Indian journal of veterinary science and animal husbandry - Volumes 15-17, 1948-1951
Year: 1948
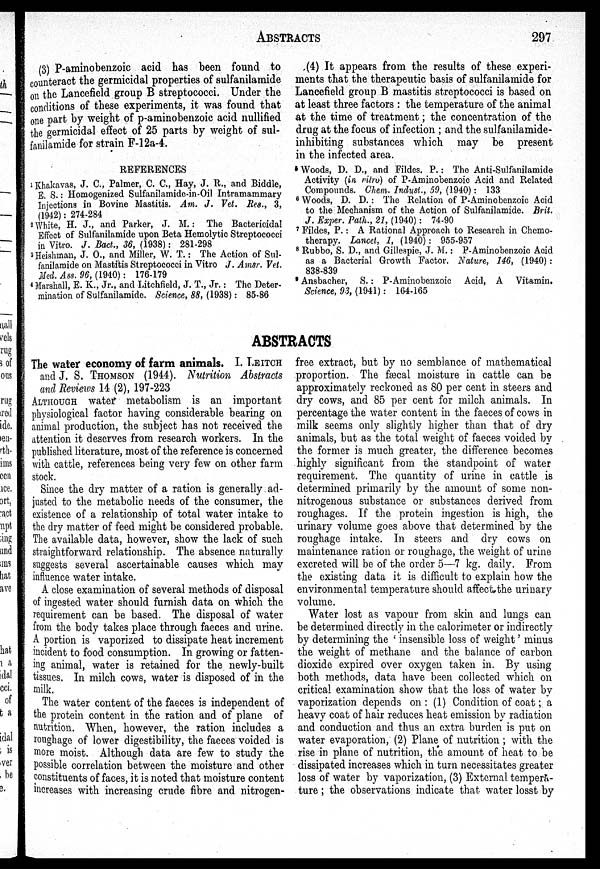
ABSTRACTS
297
(3) P-aminobenzoic acid has been found to
counteract the germicidal properties of sulfanilamide
on the Lancefield group B streptococci. Under the
conditions of these experiments, it was found that
one part by weight of p-aminobenzoic acid nullified
the germicidal effect of 25 parts by weight of sul-
fanilamide for strain F-12a-4.
(4) It appears from the results of these experi-
ments that the therapeutic basis of sulfanilamide for
Lancefield group B mastitis streptococci is based on
at least three factors : the temperature of the animal
at the time of treatment; the concentration of the
drug at the focus of infection ; and the sulfanilamide-
inhibiting substances which may be present
in the infected area.
REFERENCES
1 Khakavas, J. C., Palmer, C. C., Hay, J. R., and Biddle,
E. S.: Homogenized Sulfanilamide-in-Oil Intramammary
Injections in Bovine Mastitis. Am. J. Vet. Res., 3,
(1942): 274-284
2 White, H. J., and Parker, J. M.: The Bactericidal
Effect of Sulfanilamide upon Beta Hemolytic Streptococci
in Vitro. J. Bad., 36, (1938): 281-298
3 Heishman, J. O., and Miller, W. T.: The Action of Sul-
fanilamide on Mastitis Streptococci in Vitro J. Amsr. Vet.
Med. Ass. 96, (1940): 176-179
4 Marshall, E. K., Jr., and Litchfield, J. T., Jr.: The Deter-
mination of Sulfanilamide. Science, 88, (1938): 85-86
5 Woods, D. D., and Fildes. P.: The Anti-Sulfanilamide
Activity (in ritro) of P-Aminobenzoic Acid and Related
Compounds. Chen. Indust., 59, (1940): 133
6 Woods, D. D.: The Relation of P-Aminobenzoic Acid
to the Mechanism of the Action of Sulfanilamide. Brit.
J. Exper. Path., 21, (1940): 74-90
7 Fildes, P.: A Rational Approach to Research in Chemo-
therapy. Lancet, 1, (1940) : 955-957
8 Rubbo, S. D., and Gillespie, J. M. : P-Aminobenzoic Acid
as a Bacterial Growth Factor. Nature, 146, (1940) :
838-839
9 Ansbacher, S. : P-Aminobenzoic Acid, A Vitamin,
Science, 93, (1941): 164-165
ABSTRACTS
The water economy of farm animals. I. LEITCH
and J. S. THOMSON (1944). Nutrition Abstracts
and Reviews 14 (2), 197-223
ALTHOUGH water metabolism is an important
physiological factor having considerable bearing on
animal production, the subject has not received the
attention it deserves from research workers. In the
published literature, most of the reference is concerned
with cattle, references being very few on other farm
stock.
Since the dry matter of a ration is generally ad-
justed to the metabolic needs of the consumer, the
existence of a relationship of total water intake to
the dry matter of feed might be considered probable.
The available data, however, show the lack of such
straightforward relationship. The absence naturally
suggests several ascertainable causes which may
influence water intake.
A close examination of several methods of disposal
of ingested water should furnish data on which the
requirement can be based. The disposal of water
from the body takes place through faeces and urine.
A portion is vaporized to dissipate heat increment
incident to food consumption. In growing or fatten-
ing animal, water is retained for the newly-built
tissues. In milch cows, water is disposed of in the
milk.
The water content of the faeces is independent of
the protein content in the ration and of plane of
nutrition. When, however, the ration includes a
roughage of lower digestibility, the faeces voided is
more moist Although data are few to study the
possible correlation between the moisture and other
constituents of faces, it is noted that moisture content
increases with increasing crude fibre and nitrogen-
free extract, but by no semblance of mathematical
proportion. The fæcal moisture in cattle can be
approximately reckoned as 80 per cent in steers and
dry cows, and 85 per cent for milch animals. In
percentage the water content in the faeces of cows in
milk seems only slightly higher than that of dry
animals, but as the total weight of faeces voided by
the former is much greater, the difference becomes
highly significant from the standpoint of water
requirement. The quantity of urine in cattle is
determined primarily by the amount of some non-
nitrogenous substance or substances derived from
roughages. If the protein ingestion is high, the
urinary volume goes above that determined by the
roughage intake. In steers and dry cows on
maintenance ration or roughage, the weight of urine
excreted will be of the order 5—7 kg. daily. From
the existing data it is difficult to explain how the
environmental temperature should affect the urinary
volume.
Water lost as vapour from skin and lungs can
be determined directly in the calorimeter or indirectly
by determining the ' insensible loss of weight' minus
the weight of methane and the balance of carbon
dioxide expired over oxygen taken in. By using
both methods, data have been collected which on
critical examination show that the loss of water by
vaporization depends on : (1) Condition of coat; a
heavy coat of hair reduces heat emission by radiation
and conduction and thus an extra burden is put on
water evaporation, (2) Plane of nutrition ; with the
rise in plane of nutrition the amount of heat to be
dissipated increases which in turn necessitates greater
loss of water by vaporization, (3) External tempera-
ture ; the observations indicate that water losst by